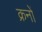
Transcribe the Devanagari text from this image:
क्रनों